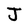
Character: J